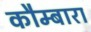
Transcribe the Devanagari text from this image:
कौम्बारा